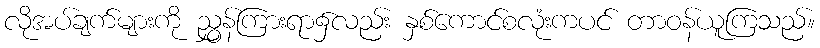
လိုအပ်ချက်များကို ညွှန်ကြားရာ၌လည်း နှစ်ကောင်စလုံးကပင် တာဝန်ယူကြသည်။